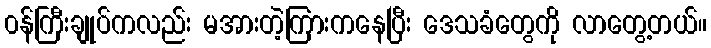
၀န်ကြီးချုပ်ကလည်း မအားတဲ့ကြားကနေပြီး ဒေသခံတွေကို လာတွေ့တယ်။